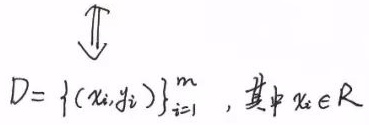
\[
\begin{matrix}
\mathbb{T}\\
\Downarrow\\
D = \{ (x_i, y_i) \}_{i = 1}^m, \text{其中} x_i \in \mathbb{R}
\end{matrix}
\]